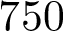
7 5 0